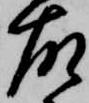
故